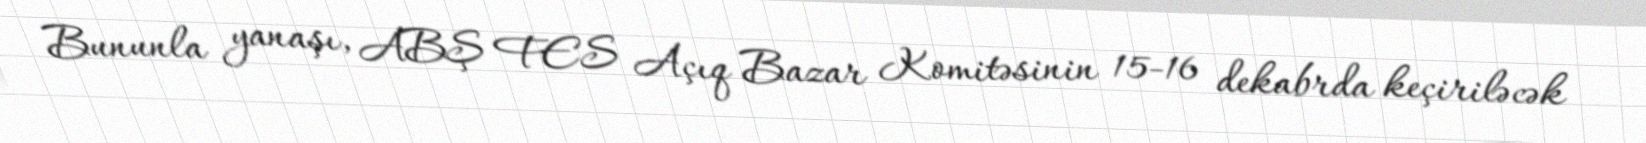
Bununla yanaşı, ABŞ FES Açıq Bazar Komitəsinin 15-16 dekabrda keçiriləcək